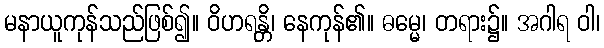
မနာယူကုန်သည်ဖြစ်၍။ ဝိဟရန္တိ၊ နေကုန်၏။ ဓမ္မေ၊ တရား၌။ အဂါရ ဝါ၊